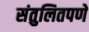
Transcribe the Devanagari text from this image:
संतुलितपणे